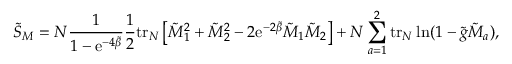
\tilde { S } _ { M } = N \frac { 1 } { 1 - \mathrm { e } ^ { - 4 \tilde { \beta } } } \frac { 1 } { 2 } \mathrm { t r } _ { N } \left[ \tilde { M } _ { 1 } ^ { 2 } + \tilde { M } _ { 2 } ^ { 2 } - 2 \mathrm { e } ^ { - 2 \tilde { \beta } } \tilde { M } _ { 1 } \tilde { M } _ { 2 } \right] + N \sum _ { a = 1 } ^ { 2 } \mathrm { t r } _ { N } \ln ( 1 - \tilde { g } \tilde { M } _ { a } ) ,